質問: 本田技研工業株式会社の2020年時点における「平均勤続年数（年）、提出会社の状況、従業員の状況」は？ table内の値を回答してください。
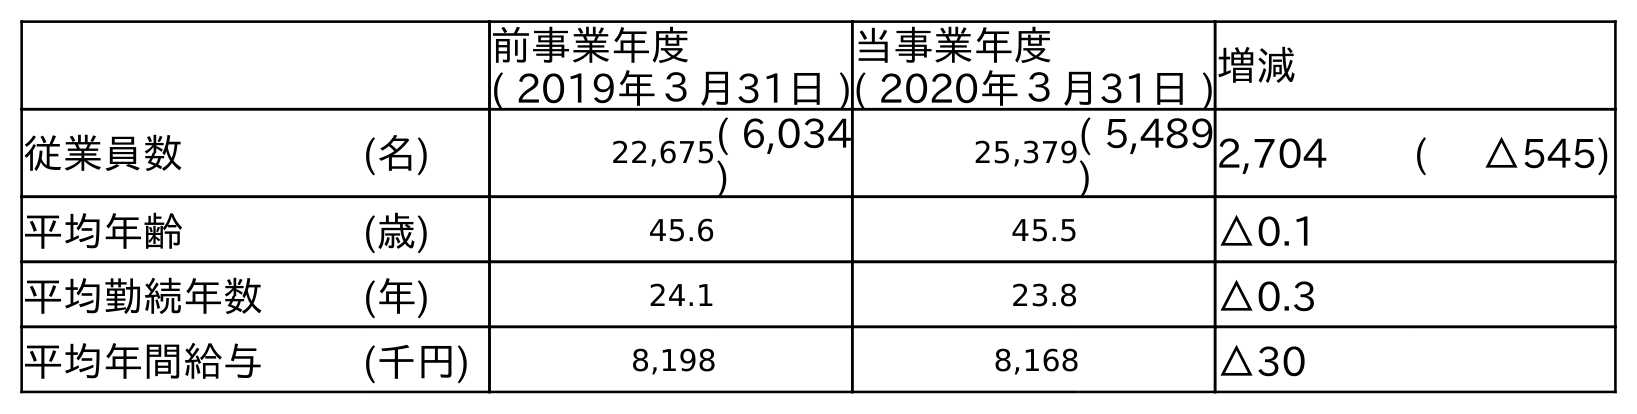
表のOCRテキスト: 前事業年度 ( 2019年３月31日 ) 当事業年度 ( 2020年３月31日 )増減 従業員数 (名) 22,675( 6,034 ) 25,379( 5,489 ) 2,704 ( △545) 平均年齢 (歳) 45.6 45.5 △0.1 平均勤続年数 (年) 24.1 23.8 △0.3 平均年間給与 (千円) 8,198 8,168 △30
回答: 23.8